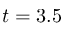
t = 3 . 5